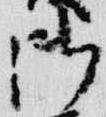
御